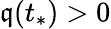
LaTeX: \mathfrak{q}(t_{*})>0